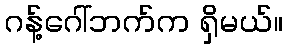
ဂန့်ဂေါ်ဘက်က ရှိမယ်။